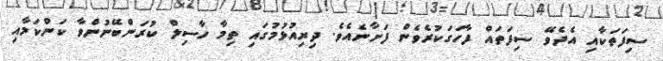
ސިފަތަކާއި އެދެވޭ ސިފަތައް ފާހަގަކުރެވެން ފަށާނެއެވެ. ދިރިއުޅުމުގައި ތިމާ ހާސިލް ކުރަންބޭނުންވާ ކަންކަމާއި